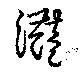
灎